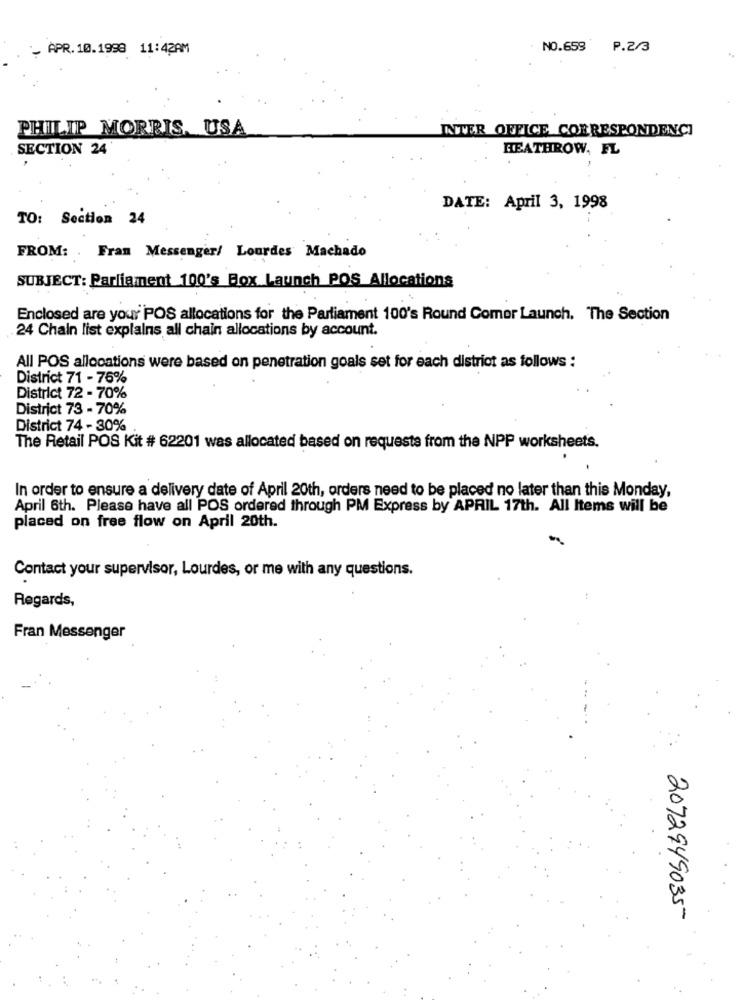
APR. 10.1998 11:42AM
NO.659
P.2/3
PHILIP MORRIS. USA
INTER OFFICE CORRESPONDENCI
SECTION 24
HEATHROW, FL
DATE: April 3, 1998
TO: Section 24
FROM: . Fram Messenger/ Lourdes Machado
SUBJECT: Parliament 100's Box Launch POS Allocations
Enclosed are your POS allocations for the Parliament 100's Round Comer Launch. The Section
24 Chain list explains all chain allocations by account.
All POS allocations were based on penetration goals set for each district as follows :
District 71 - 76%
District 72 - 70%
District 73 - 70%
District 74 - 30%
The Retail POS Kit # 62201 was allocated based on requests from the NPP worksheets.
In order to ensure a delivery date of April 20th, orders need to be placed no later than this Monday,
April 6th. Please have all POS ordered through PM Express by APRIL 17th. All Items will be
placed on free flow on April 20th.
Contact your supervisor, Lourdes, or me with any questions.
Regards,
Fran Messenger
2072949035